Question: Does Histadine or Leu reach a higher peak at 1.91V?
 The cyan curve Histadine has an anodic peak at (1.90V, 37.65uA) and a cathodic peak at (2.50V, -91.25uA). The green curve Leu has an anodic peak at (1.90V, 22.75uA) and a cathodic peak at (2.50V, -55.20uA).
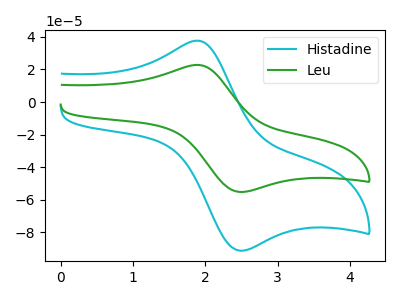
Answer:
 <answer>The peak at 1.91V is higher in "Histadine" than in "Leu".</answer>
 <eval>higher</eval>